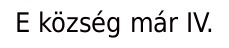
E község már IV.